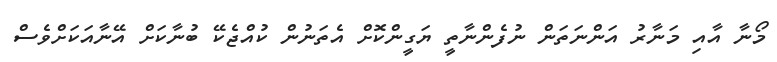
މޯނާ އާއި މަނާރު އަންނަތަން ނުފެންނާތީ ޔަގީންކޮށް އެތަނުން ކުއްޖެކޭ ބުނާކަށް އޭނާއަކަށްވެސް